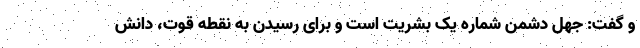
و گفت: جهل دشمن شماره یک بشریت است و برای رسیدن به نقطه قوت، دانش